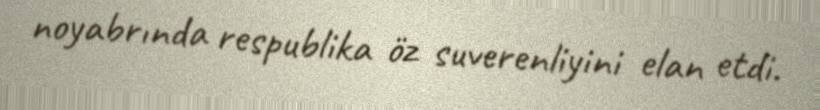
noyabrında respublika öz suverenliyini elan etdi.